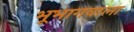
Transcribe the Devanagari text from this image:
भूभागवाला